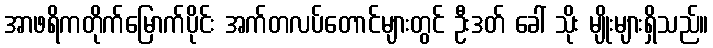
အာဖရိကတိုက်မြောက်ပိုင်း အက်တလပ်တောင်များတွင် ဦးဒတ် ခေါ် သိုး မျိုးများရှိသည်။